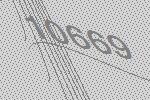
10669